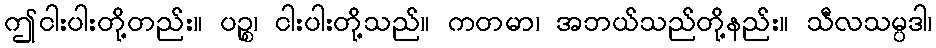
ဤငါးပါးတို့တည်း။ ပဉ္စ၊ ငါးပါးတို့သည်။ ကတမာ၊ အဘယ်သည်တို့နည်း။ သီလသမ္ပဒါ၊